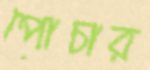
পোচার